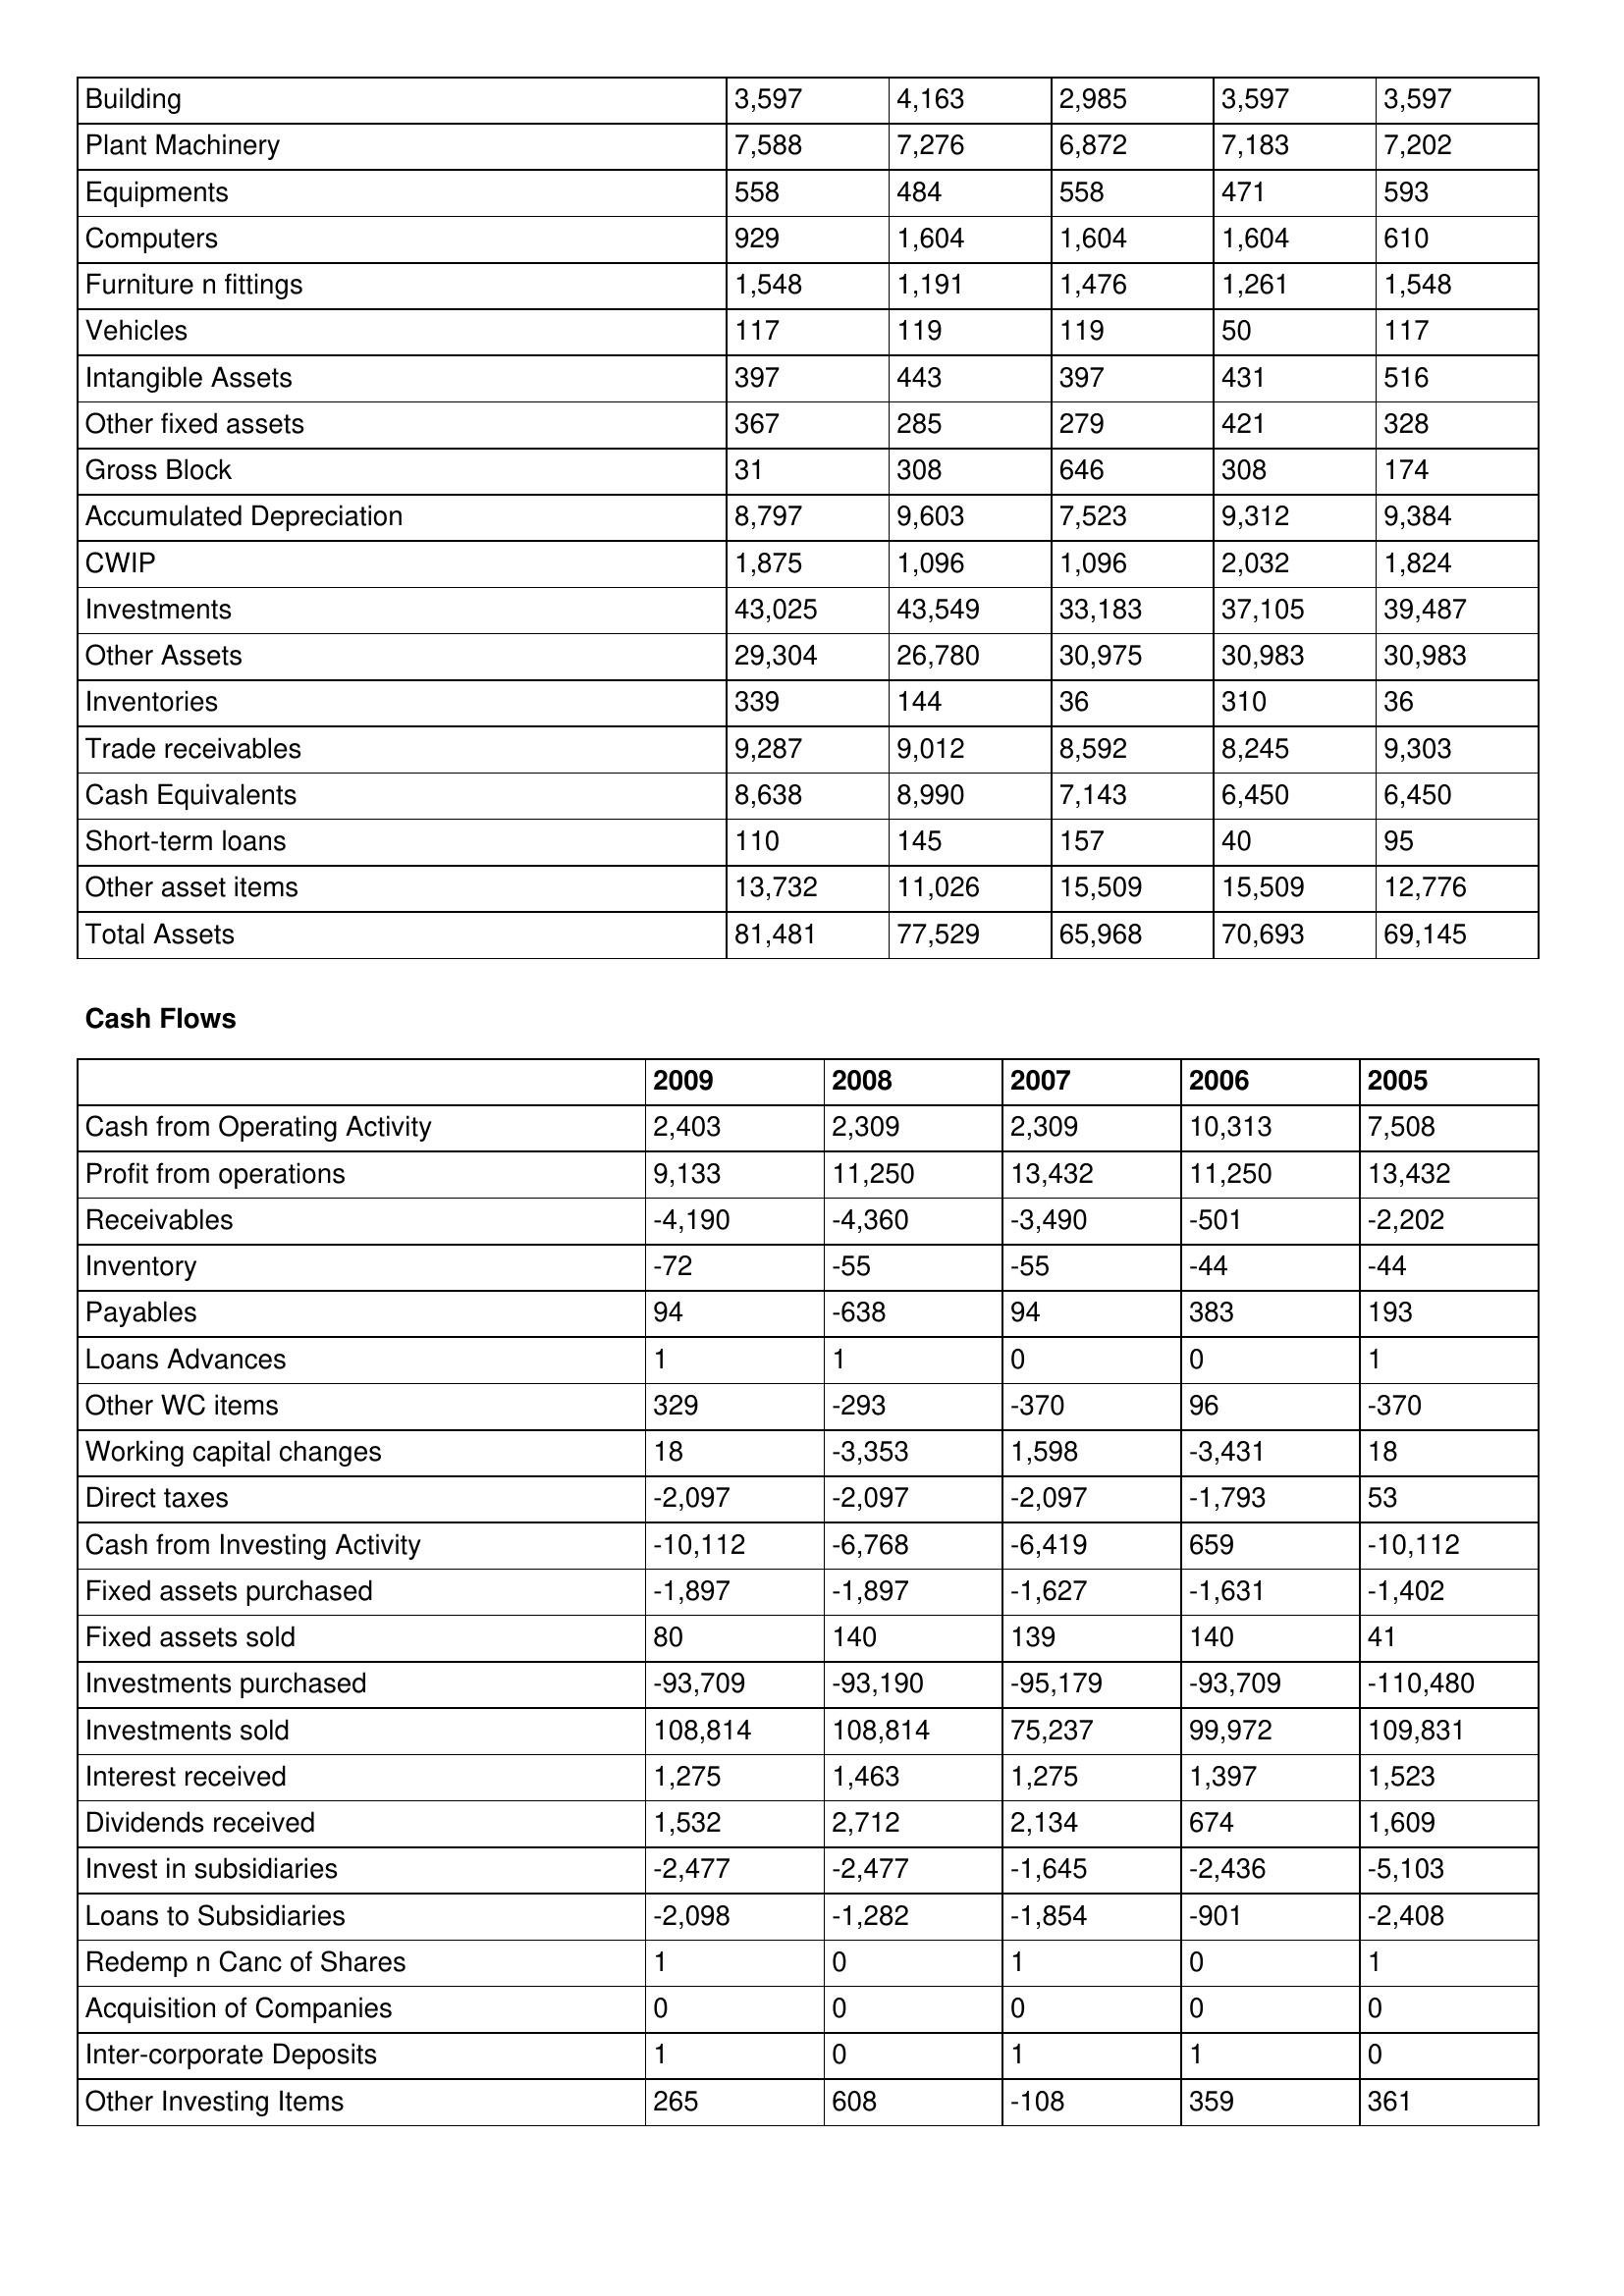
gt_parse: 2009: Balance Sheet: Building: 3,597
Plant Machinery: 7,588
Equipments: 558
Computers: 929
Furniture n fittings: 1,548
Vehicles: 117
Intangible Assets: 397
Other fixed assets: 367
Gross Block: 31
Accumulated Depreciation: 8,797
CWIP: 1,875
Investments: 43,025
Other Assets: 29,304
Inventories: 339
Trade receivables: 9,287
Cash Equivalents: 8,638
Short-term loans: 110
Other asset items: 13,732
Total Assets: 81,481
Cash Flows: Cash from Operating Activity: 2,403
Profit from operations: 9,133
Receivables: -4,190
Inventory: -72
Payables: 94
Loans Advances: 1
Other WC items: 329
Working capital changes: 18
Direct taxes: -2,097
Cash from Investing Activity: -10,112
Fixed assets purchased: -1,897
Fixed assets sold: 80
Investments purchased: -93,709
Investments sold: 108,814
Interest received: 1,275
Dividends received: 1,532
Invest in subsidiaries: -2,477
Loans to Subsidiaries: -2,098
Redemp n Canc of Shares: 1
Acquisition of Companies: 0
Inter-corporate Deposits: 1
Other Investing Items: 265
2008: Balance Sheet: Building: 4,163
Plant Machinery: 7,276
Equipments: 484
Computers: 1,604
Furniture n fittings: 1,191
Vehicles: 119
Intangible Assets: 443
Other fixed assets: 285
Gross Block: 308
Accumulated Depreciation: 9,603
CWIP: 1,096
Investments: 43,549
Other Assets: 26,780
Inventories: 144
Trade receivables: 9,012
Cash Equivalents: 8,990
Short-term loans: 145
Other asset items: 11,026
Total Assets: 77,529
Cash Flows: Cash from Operating Activity: 2,309
Profit from operations: 11,250
Receivables: -4,360
Inventory: -55
Payables: -638
Loans Advances: 1
Other WC items: -293
Working capital changes: -3,353
Direct taxes: -2,097
Cash from Investing Activity: -6,768
Fixed assets purchased: -1,897
Fixed assets sold: 140
Investments purchased: -93,190
Investments sold: 108,814
Interest received: 1,463
Dividends received: 2,712
Invest in subsidiaries: -2,477
Loans to Subsidiaries: -1,282
Redemp n Canc of Shares: 0
Acquisition of Companies: 0
Inter-corporate Deposits: 0
Other Investing Items: 608
2007: Balance Sheet: Building: 2,985
Plant Machinery: 6,872
Equipments: 558
Computers: 1,604
Furniture n fittings: 1,476
Vehicles: 119
Intangible Assets: 397
Other fixed assets: 279
Gross Block: 646
Accumulated Depreciation: 7,523
CWIP: 1,096
Investments: 33,183
Other Assets: 30,975
Inventories: 36
Trade receivables: 8,592
Cash Equivalents: 7,143
Short-term loans: 157
Other asset items: 15,509
Total Assets: 65,968
Cash Flows: Cash from Operating Activity: 2,309
Profit from operations: 13,432
Receivables: -3,490
Inventory: -55
Payables: 94
Loans Advances: 0
Other WC items: -370
Working capital changes: 1,598
Direct taxes: -2,097
Cash from Investing Activity: -6,419
Fixed assets purchased: -1,627
Fixed assets sold: 139
Investments purchased: -95,179
Investments sold: 75,237
Interest received: 1,275
Dividends received: 2,134
Invest in subsidiaries: -1,645
Loans to Subsidiaries: -1,854
Redemp n Canc of Shares: 1
Acquisition of Companies: 0
Inter-corporate Deposits: 1
Other Investing Items: -108
2006: Balance Sheet: Building: 3,597
Plant Machinery: 7,183
Equipments: 471
Computers: 1,604
Furniture n fittings: 1,261
Vehicles: 50
Intangible Assets: 431
Other fixed assets: 421
Gross Block: 308
Accumulated Depreciation: 9,312
CWIP: 2,032
Investments: 37,105
Other Assets: 30,983
Inventories: 310
Trade receivables: 8,245
Cash Equivalents: 6,450
Short-term loans: 40
Other asset items: 15,509
Total Assets: 70,693
Cash Flows: Cash from Operating Activity: 10,313
Profit from operations: 11,250
Receivables: -501
Inventory: -44
Payables: 383
Loans Advances: 0
Other WC items: 96
Working capital changes: -3,431
Direct taxes: -1,793
Cash from Investing Activity: 659
Fixed assets purchased: -1,631
Fixed assets sold: 140
Investments purchased: -93,709
Investments sold: 99,972
Interest received: 1,397
Dividends received: 674
Invest in subsidiaries: -2,436
Loans to Subsidiaries: -901
Redemp n Canc of Shares: 0
Acquisition of Companies: 0
Inter-corporate Deposits: 1
Other Investing Items: 359
2005: Balance Sheet: Building: 3,597
Plant Machinery: 7,202
Equipments: 593
Computers: 610
Furniture n fittings: 1,548
Vehicles: 117
Intangible Assets: 516
Other fixed assets: 328
Gross Block: 174
Accumulated Depreciation: 9,384
CWIP: 1,824
Investments: 39,487
Other Assets: 30,983
Inventories: 36
Trade receivables: 9,303
Cash Equivalents: 6,450
Short-term loans: 95
Other asset items: 12,776
Total Assets: 69,145
Cash Flows: Cash from Operating Activity: 7,508
Profit from operations: 13,432
Receivables: -2,202
Inventory: -44
Payables: 193
Loans Advances: 1
Other WC items: -370
Working capital changes: 18
Direct taxes: 53
Cash from Investing Activity: -10,112
Fixed assets purchased: -1,402
Fixed assets sold: 41
Investments purchased: -110,480
Investments sold: 109,831
Interest received: 1,523
Dividends received: 1,609
Invest in subsidiaries: -5,103
Loans to Subsidiaries: -2,408
Redemp n Canc of Shares: 1
Acquisition of Companies: 0
Inter-corporate Deposits: 0
Other Investing Items: 361